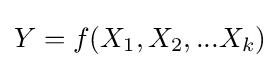
Y=f(X_{1},X_{2},...X_{k})